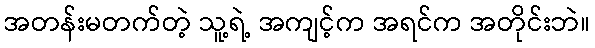
အတန်းမတက်တဲ့ သူ့ရဲ့ အကျင့်က အရင်က အတိုင်းဘဲ။